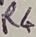
Text: R4